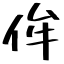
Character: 侔